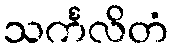
သင်္ကလိတံ